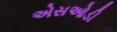
એસઓડી